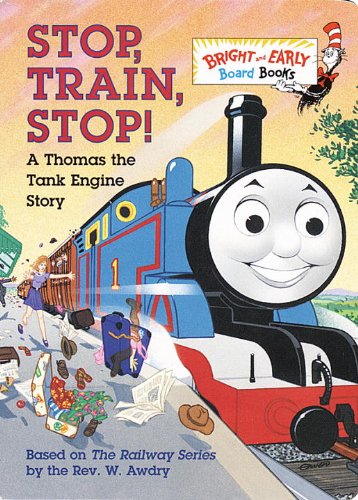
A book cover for Stop, Train, Stop! A Thomas the Tank Engine Story; Rev. W. Awdry; Children's Books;